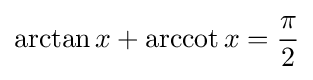
\arctan x+\operatorname {arccot} x={\dfrac {\pi }{2}}